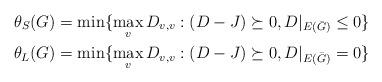
LaTeX: \begin{align*} \theta_S(G) &= \min\{\max_v D_{v,v}: (D-J)\succeq 0, D|_{E(\bar G)}\le 0\}\\ \theta_L(G) &= \min\{\max_v D_{v,v}: (D-J)\succeq 0, D|_{E(\bar G)}= 0\}\end{align*}